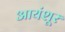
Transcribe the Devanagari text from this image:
आयंशूर